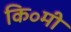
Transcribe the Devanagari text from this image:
कि॰मी